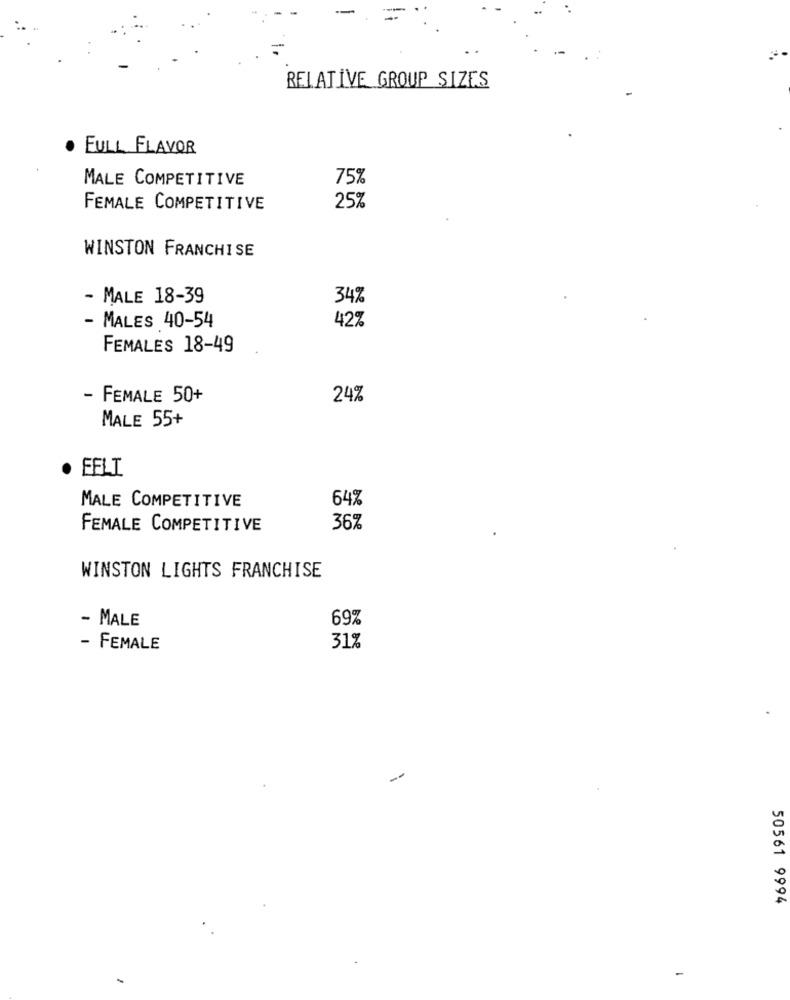
RELATIVE GROUP SIZES
. FULL FLAVOR
MALE COMPETITIVE
75%
FEMALE COMPETITIVE
25%
WINSTON FRANCHISE
- MALE 18-39
34%
42%
- MALES 40-54
FEMALES 18-49
- FEMALE 50+
24%
MALE 55+
· FELI
64%
MALE COMPETITIVE
FEMALE COMPETITIVE
36%
WINSTON LIGHTS FRANCHISE
- MALE
69%
- FEMALE
31%
50561 9994
-